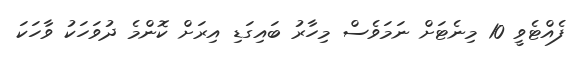
ފެއްޓެވީ 10 މިނެޓަށް ނަމަވެސް މިހާރު ބައިގަޑި އިރަށް ކޮންމެ ދުވަހަކު ވާހަކަ